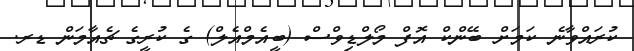
ކުރައްވާނެ ކަމަށް ބޭންކް އޮފް މޯލްޑިވްސް (ބީއެމްއެލް) ގެ ކުރީގެ ޗެއާމަން ޑރ.